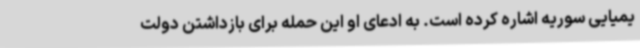
یمیایی سوریه اشاره کرده است. به ادعای او این حمله برای بازداشتن دولت